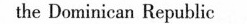
the Durminican Iepublic